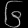
Digit: ၆